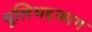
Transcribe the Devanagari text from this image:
थूलिभद्दफाग